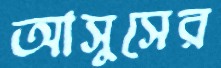
আসুসের